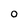
Character: O